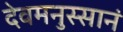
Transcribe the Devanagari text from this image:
देवमनुस्सानं